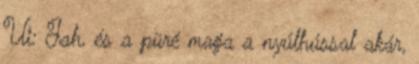
Ui: Jah, és a püré maga a nyúlhússal akár,